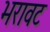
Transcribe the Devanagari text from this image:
भरावट